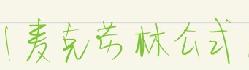
麦克劳林公式